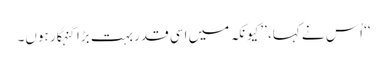
‘‘ اُس نے کہا، ’’کیونکہ میں اِسی قدر بہت بڑا گنہگار ہوں۔